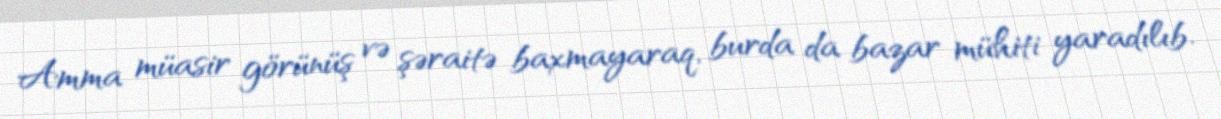
Amma müasir görünüş və şəraitə baxmayaraq, burda da bazar mühiti yaradılıb.